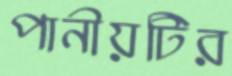
পানীয়টির